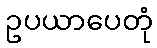
ဥပယာပေတုံ